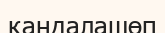
қандалашөп